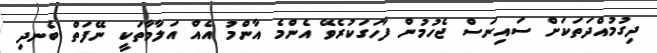
ދިގުމުއްދަތަކަށް ސައިނަސް ޖެހުމުން ފާހަގަކުރެވޭ އެންމެ އާންމު އެއް އަލާމާތަކީ ނޭފަތް ބެނދި